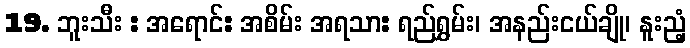
19. ဘူးသီး : အရောင်: အစိမ်း အရသာ: ရည်ရွှမ်း၊ အနည်းငယ်ချို၊ နူးညံ့